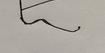
Signature authenticity: forged